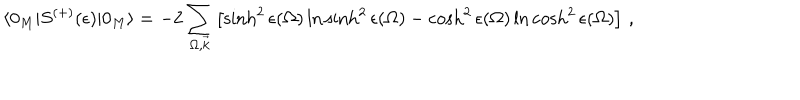
LaTeX: \langle 0 _ { M } | S ^ { ( + ) } ( \epsilon ) | 0 _ { M } \rangle = - 2 \sum _ { \Omega , \vec { k } } \left[ \sinh ^ { 2 } \epsilon ( \Omega ) \ln \sinh ^ { 2 } \epsilon ( \Omega ) - \cosh ^ { 2 } \epsilon ( \Omega ) \ln \cosh ^ { 2 } \epsilon ( \Omega ) \right] \, ,